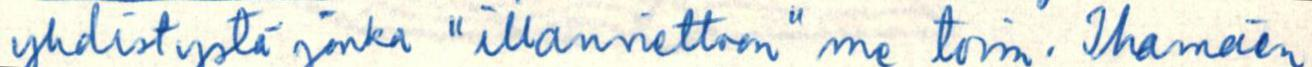
yhdistystä jonka "illanviettoon" me toim. Ihamäen